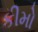
કીમો